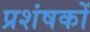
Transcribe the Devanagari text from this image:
प्रशंषकों